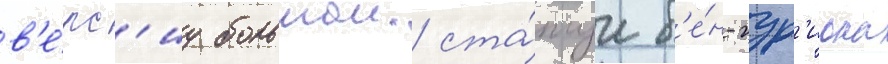
в'е́рс'иу большои ста́туи б'е́н-гур'иона